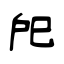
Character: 戺